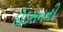
ડોડસનની